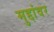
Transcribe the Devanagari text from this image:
मुद्दांवर